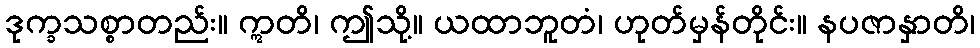
ဒုက္ခသစ္စာတည်း။ ဣတိ၊ ဤသို့။ ယထာဘူတံ၊ ဟုတ်မှန်တိုင်း။ နပဇာနှာတိ၊